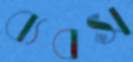
ব্যবস